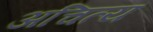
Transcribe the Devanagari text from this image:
अचित्य